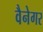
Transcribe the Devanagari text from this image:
वैनेगर